Subject: math
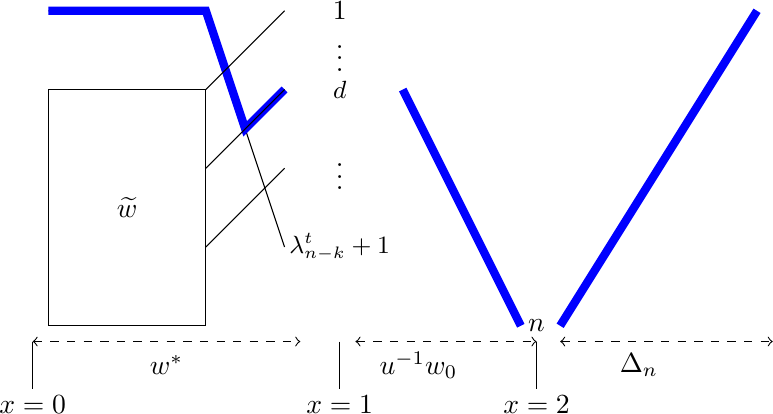
LaTeX code:
\begin{tikzpicture}
\draw (0,0)--(0,3)--(2,3)--(2,0)--(0,0);
\draw (0,4)--(2,4)--(3,1);
\draw [line width=3,color=blue] (0,4)--(2,4)--(2.5,2.5)--(3,3);
\draw (2,3)--(3,4);
\draw (2,2)--(3,3);
\draw (2,1)--(3,2);
\draw (3.7,4) node {$1$};
\draw (3.7,3.5) node {$\vdots$};
\draw (3.7,3) node {\small $d$\normalsize};
\draw (3.7,2) node {$\vdots$};
\draw (3.7,1) node {\small$\lambda_{n-k}^t+1$\normalsize};
\draw[<->,dashed] (-0.2,-0.2)--(3.2,-0.2);
\draw (1.5,-0.5) node {$w^*$};
\draw [line width=3,color=blue] (4.5,3)--(6,0);
\draw (6.2,0) node {$n$};
\draw[<->,dashed] (3.9,-0.2)--(6.2,-0.2);
\draw (4.7,-0.5) node {$u^{-1}w_0$};
\draw[<->,dashed] (6.5,-0.2)--(9.2,-0.2);
\draw (7.5,-0.5) node {$\Delta_n$};
\draw [line width=3,color=blue] (6.5,0)--(9,4);
\draw (1,1.5) node {$\widetilde{w}$};

\draw  (-0.2,-0.2)--(-0.2,-0.8);
\draw (-0.2,-1) node {$x=0$};

\draw  (3.7,-0.2)--(3.7,-0.8);
\draw (3.7,-1) node {$x=1$};

\draw  (6.2,-0.2)--(6.2,-0.8);
\draw (6.2,-1) node {$x=2$};
\end{tikzpicture}